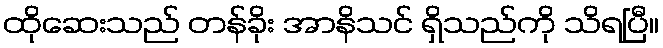
ထိုဆေးသည် တန်ခိုး အာနိသင် ရှိသည်ကို သိရပြီ။